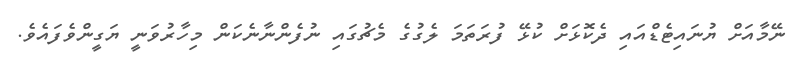
ނޭމާއަށް ޔުނައިޓެޑްއައި ދެކޮޅަށް ކުޅޭ ފުރަތަމަ ލެގުގެ މެޗުގައި ނުފެންނާނެކަން މިހާރުވަނީ ޔަގީންވެފައެވެ.